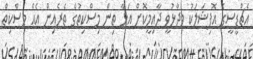
އެޗްޑީސީގެ އޮފިޝަލަކު ވިދާޅުވީ ދާއިމީކޮށް އަޅާ ތިން މިސްކިތުގެ ތެރެއިން އެއް މިސްކިތް